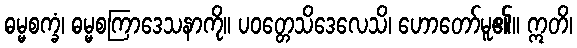
ဓမ္မစက္ခံ၊ ဓမ္မစကြာဒေသနာကို။ ပဝတ္တေသိဒေလေသိ၊ ဟောတော်မူ၏။ ဣတိ၊